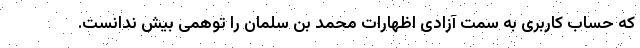
که حساب کاربری به سمت آزادی اظهارات محمد بن سلمان را توهمی بیش ندانست.